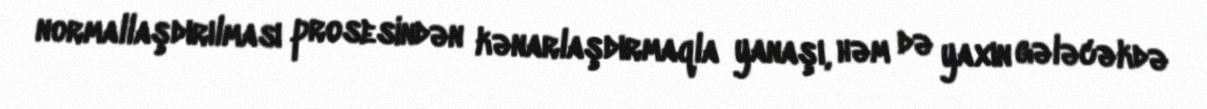
normallaşdırılması prosesindən kənarlaşdırmaqla yanaşı, həm də yaxın gələcəkdə